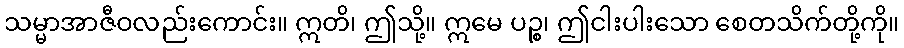
သမ္မာအာဇီဝလည်းကောင်း။ ဣတိ၊ ဤသို့။ ဣမေ ပဉ္စ၊ ဤငါးပါးသော စေတသိက်တို့ကို။